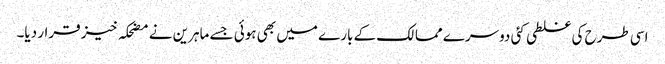
اسی طرح کی غلطی کئی دوسرے ممالک کے بارے میں بھی ہوئی جسے ماہرین نے مضحکہ خیز قرار دیا۔